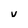
Character: v